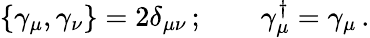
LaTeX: \{ \gamma_{\mu},\gamma_{\nu}\} =2\delta_{\mu\nu}\, ;\qquad\gamma_{\mu}^{\dagger}=\gamma_{\mu}\, .